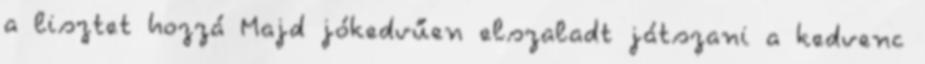
a lisztet hozzá Majd jókedvűen elszaladt játszani a kedvenc